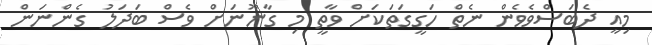
މިއީ ދެބަސްވެވެން ނެތް ހަގީގަތަކަށް ވާތީ މި ގާނޫނަށް ވެސް ބަދަލު ގެންނަން